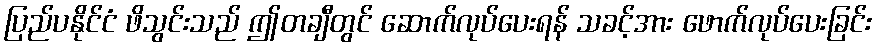
ပြည်ပနိုင်ငံ ဖိသွင်းသည် ဤတချီတွင် ဆောက်လုပ်ပေးရန် သခင့်အား ဖောက်လုပ်ပေးခြင်း